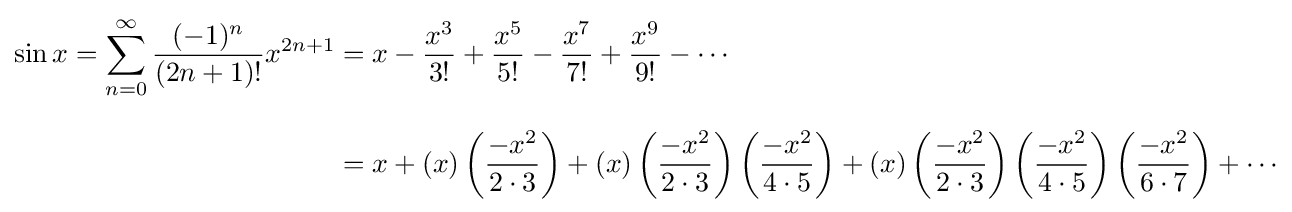
{\begin{aligned}\sin x=\sum _{n=0}^{\infty }{\frac {(-1)^{n}}{(2n+1)!}}x^{2n+1}&=x-{\frac {x^{3}}{3!}}+{\frac {x^{5}}{5!}}-{\frac {x^{7}}{7!}}+{\frac {x^{9}}{9!}}-\cdots \\[8pt]&=x+(x)\left({\frac {-x^{2}}{2\cdot 3}}\right)+(x)\left({\frac {-x^{2}}{2\cdot 3}}\right)\left({\frac {-x^{2}}{4\cdot 5}}\right)+(x)\left({\frac {-x^{2}}{2\cdot 3}}\right)\left({\frac {-x^{2}}{4\cdot 5}}\right)\left({\frac {-x^{2}}{6\cdot 7}}\right)+\cdots \end{aligned}}